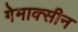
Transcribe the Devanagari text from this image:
गेमाक्सीन